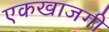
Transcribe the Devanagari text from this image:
एकखाजगी